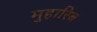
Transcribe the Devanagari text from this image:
मुहारिब